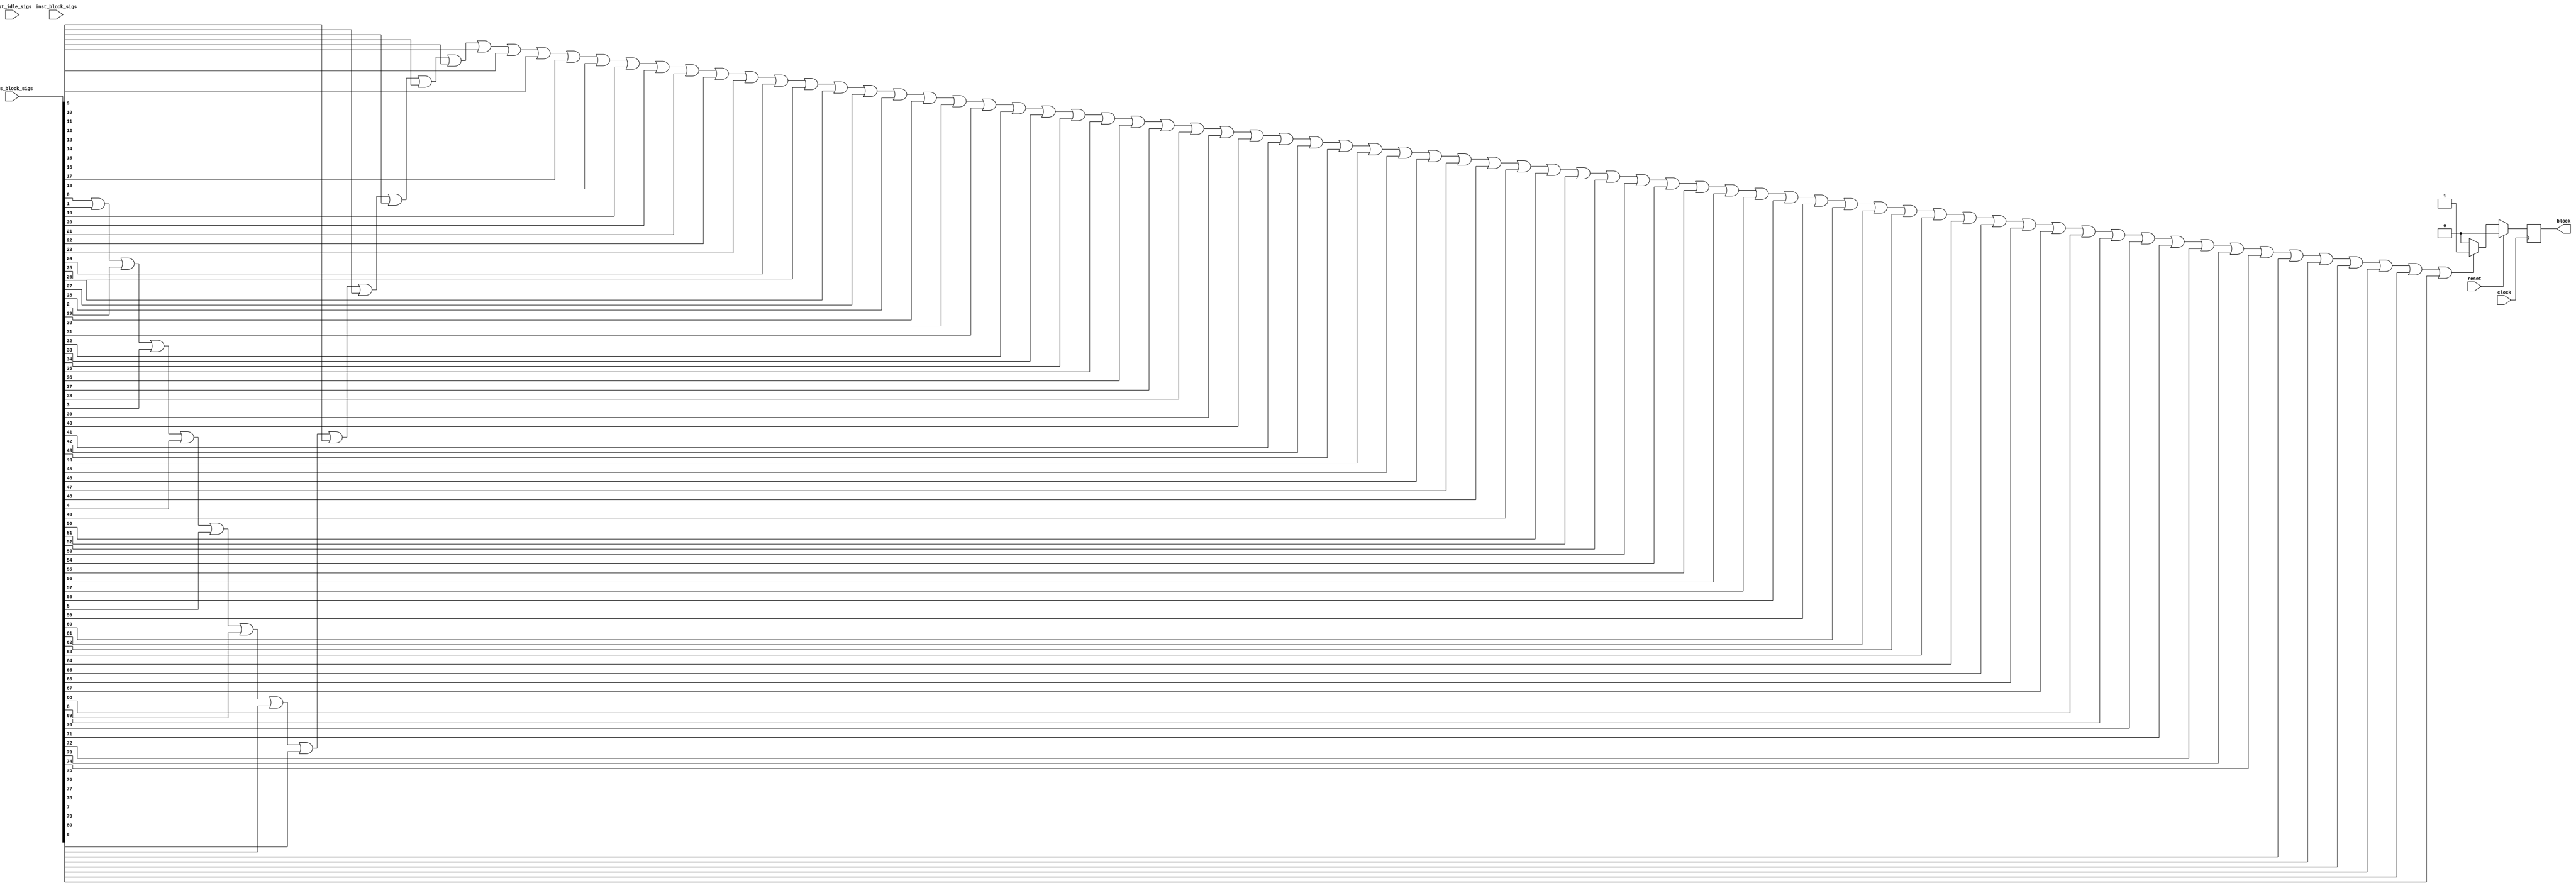
`timescale 1 ns / 1 ps

module nnlayer_hls_deadlock_idx0_monitor ( // for module nnlayer_nnlayer_inst
    input wire clock,
    input wire reset,
    input wire [80:0] axis_block_sigs,
    input wire [0:0] inst_idle_sigs,
    input wire [0:0] inst_block_sigs,
    output wire block
);

// signal declare
reg monitor_find_block;
wire sub_parallel_block;
wire all_sub_parallel_has_block;
wire all_sub_single_has_block;
wire cur_axis_has_block;
wire seq_is_axis_block;

assign block = monitor_find_block;
assign all_sub_parallel_has_block = 1'b0;
assign all_sub_single_has_block = 1'b0;
assign cur_axis_has_block = 1'b0 | axis_block_sigs[0] | axis_block_sigs[1] | axis_block_sigs[2] | axis_block_sigs[3] | axis_block_sigs[4] | axis_block_sigs[5] | axis_block_sigs[6] | axis_block_sigs[7] | axis_block_sigs[8] | axis_block_sigs[9] | axis_block_sigs[10] | axis_block_sigs[11] | axis_block_sigs[12] | axis_block_sigs[13] | axis_block_sigs[14] | axis_block_sigs[15] | axis_block_sigs[16] | axis_block_sigs[17] | axis_block_sigs[18] | axis_block_sigs[19] | axis_block_sigs[20] | axis_block_sigs[21] | axis_block_sigs[22] | axis_block_sigs[23] | axis_block_sigs[24] | axis_block_sigs[25] | axis_block_sigs[26] | axis_block_sigs[27] | axis_block_sigs[28] | axis_block_sigs[29] | axis_block_sigs[30] | axis_block_sigs[31] | axis_block_sigs[32] | axis_block_sigs[33] | axis_block_sigs[34] | axis_block_sigs[35] | axis_block_sigs[36] | axis_block_sigs[37] | axis_block_sigs[38] | axis_block_sigs[39] | axis_block_sigs[40] | axis_block_sigs[41] | axis_block_sigs[42] | axis_block_sigs[43] | axis_block_sigs[44] | axis_block_sigs[45] | axis_block_sigs[46] | axis_block_sigs[47] | axis_block_sigs[48] | axis_block_sigs[49] | axis_block_sigs[50] | axis_block_sigs[51] | axis_block_sigs[52] | axis_block_sigs[53] | axis_block_sigs[54] | axis_block_sigs[55] | axis_block_sigs[56] | axis_block_sigs[57] | axis_block_sigs[58] | axis_block_sigs[59] | axis_block_sigs[60] | axis_block_sigs[61] | axis_block_sigs[62] | axis_block_sigs[63] | axis_block_sigs[64] | axis_block_sigs[65] | axis_block_sigs[66] | axis_block_sigs[67] | axis_block_sigs[68] | axis_block_sigs[69] | axis_block_sigs[70] | axis_block_sigs[71] | axis_block_sigs[72] | axis_block_sigs[73] | axis_block_sigs[74] | axis_block_sigs[75] | axis_block_sigs[76] | axis_block_sigs[77] | axis_block_sigs[78] | axis_block_sigs[79] | axis_block_sigs[80];
assign seq_is_axis_block = all_sub_parallel_has_block | all_sub_single_has_block | cur_axis_has_block;

always @(posedge clock) begin
    if (reset == 1'b1)
        monitor_find_block <= 1'b0;
    else if (seq_is_axis_block == 1'b1)
        monitor_find_block <= 1'b1;
    else
        monitor_find_block <= 1'b0;
end


// instant sub module
endmodule